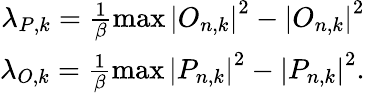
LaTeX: \begin{array}{r}{\lambda_{P,k}=\frac{1}{\beta}\operatorname*{max}\left|O_{n,k}\right|^{2}-\left|O_{n,k}\right|^{2}}\\ {\lambda_{O,k}=\frac{1}{\beta}\operatorname*{max}\left|P_{n,k}\right|^{2}-\left|P_{n,k}\right|^{2}.}\end{array}